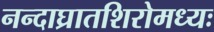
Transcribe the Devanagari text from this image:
नन्दाघ्रातशिरोमध्यः